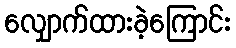
လျှောက်ထားခဲ့ကြောင်း